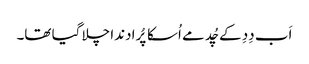
اَب دِدِ کے چُد مے اُسکا پُرا دندا چلا گیا تھا۔